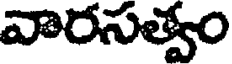
వారసత్వం